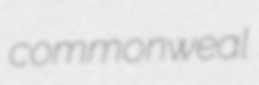
commonweal